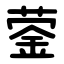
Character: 蓥